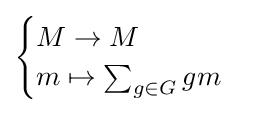
{\begin{cases}M\to M\\m\mapsto \sum _{g\in G}gm\end{cases}}